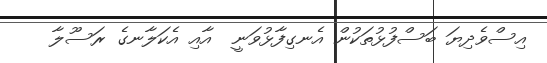
އިސްވެދިޔަ ބަސްފުޅުތަކުން އެނގިފާޅުވަނީ  އާއި އެކަލާނގެ ރަސޫލާ